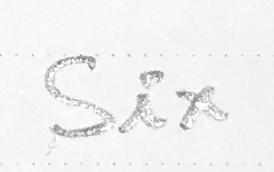
Six